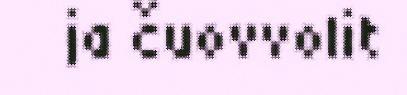
ja čuovvolit